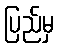
ပြည်မှ